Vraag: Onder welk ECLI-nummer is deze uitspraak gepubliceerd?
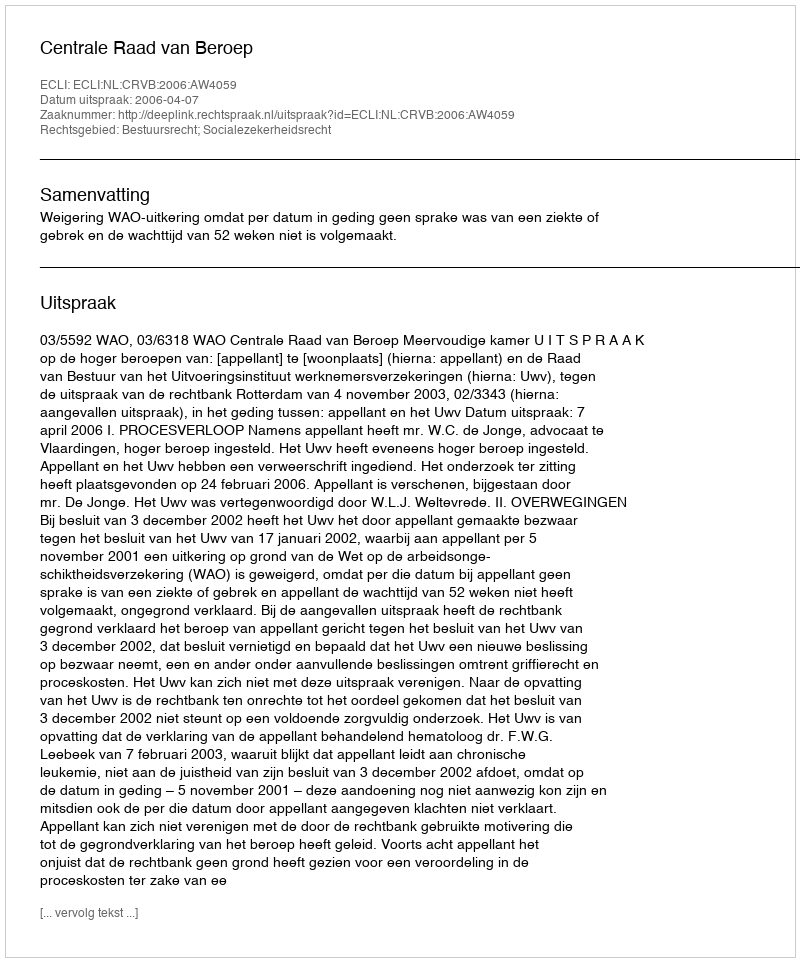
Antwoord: ECLI:NL:CRVB:2006:AW4059